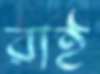
রাই